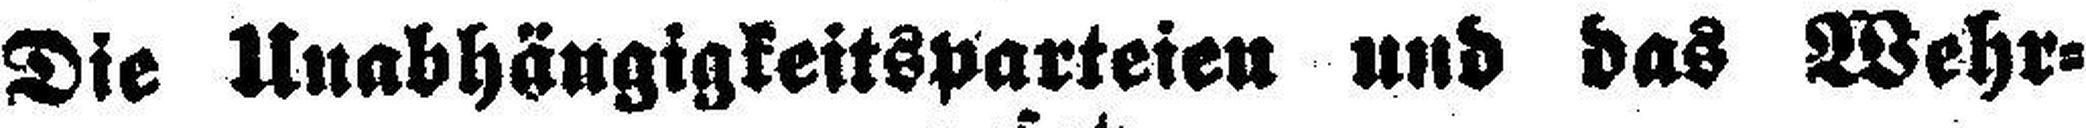
Die Unabhängigkeitsparteien und das Wehr¬